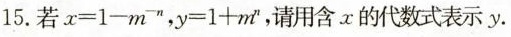
15.若$$x = 1 - m ^ { - n }$$，$$y = 1 + m ^ { n }$$，请用含x的代数式表示y。